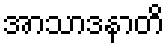
အာသာဒနာတိ